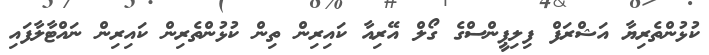
ކުޅުންތެރިޔާ އަޝްރަފް ފިލިޕީންސްގެ ގޯލް އޭރިއާ ކައިރިން ތިން ކުޅުންތެރިން ކައިރިން ނައްޓާލާފައި